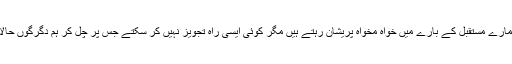
بڑے بڑے معیشت دان ہمارے مستقبل کے بارے میں خواہ مخواہ پریشان رہتے ہیں مگر کوئی ایسی راہ تجویز نہیں کر سکتے جس پر چل کر ہم دگرگوں حالات سے جان چھڑا پائیں۔